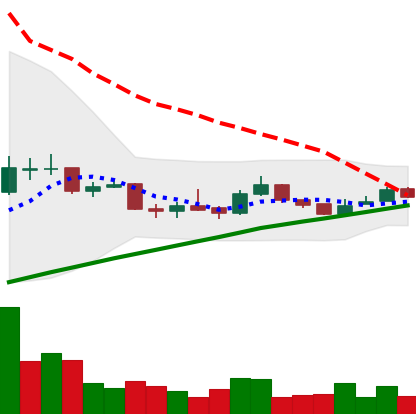
Ticker: LTC-USD
Chart end date: 2015-09-25
Forward return: 4.042%
Label: up_3_5